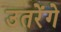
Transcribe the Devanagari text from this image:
उतरेंगे